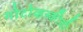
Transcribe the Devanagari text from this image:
गोटोव्हस्कीची